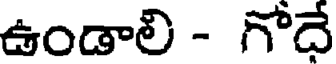
ఉండాలి - గోదే